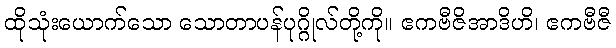
ထိုသုံးယောက်သော သောတာပန်ပုဂ္ဂိုလ်တို့ကို။ ဧကဗီဇိအာဒိဟိ၊ ဧကဗီဇီ